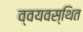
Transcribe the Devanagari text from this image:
व्वयवस्थित